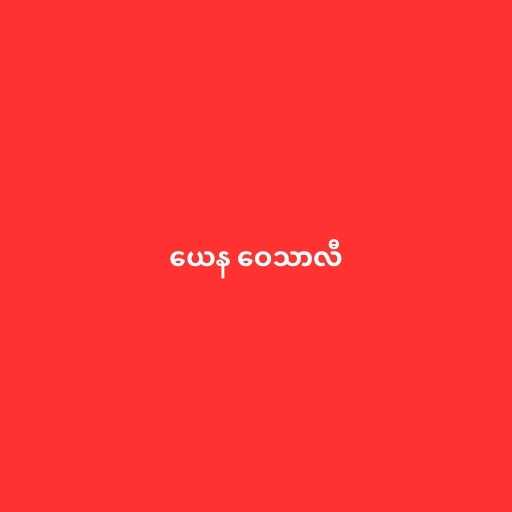
ယေန ဝေသာလီ